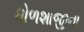
ધોળશાજીના